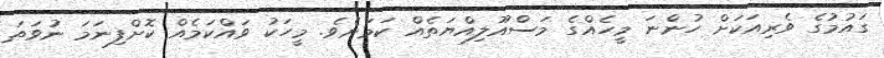
ގައުމުގެ ވެރިއަކަށް ހުންނަ މީހެއްގެ މަސްއޫލިއްޔަތެއް ކަމަށެވެ. މީހަކު ވައްކަމެއް ކޮށްފިނަމަ ނުވަތަ